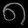
Digit: ၈